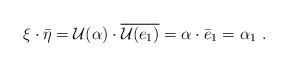
LaTeX: \begin{align*} \xi\cdot\bar\eta=\mathcal U(\alpha)\cdot \overline{\mathcal U(e_1)}=\alpha\cdot \bar e_1=\alpha_1\ .\end{align*}